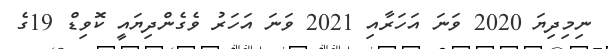
ނިމިދިޔަ 2020 ވަނަ އަހަރާއި 2021 ވަނަ އަހަރު ވެގެންދިޔައީ ކޮވިޑް 19ގެ